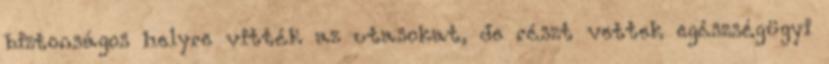
biztonságos helyre vitték az utasokat, de részt vettek egészségügyi